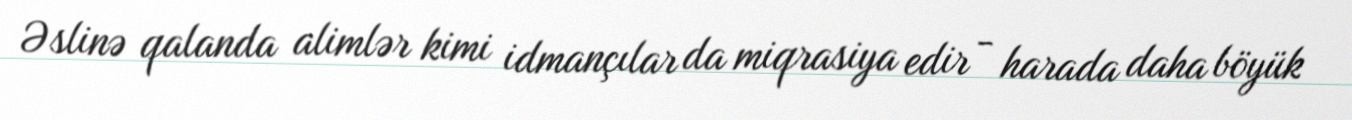
Əslinə qalanda alimlər kimi idmançılar da miqrasiya edir - harada daha böyük